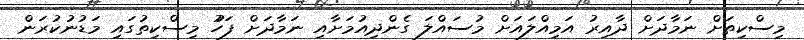
މިސްކިތަށް ނަމާދަށް ދާއިރު އަމިއްލައަށް މުސައްލަ ގެންދިއުމަށާއި ނަމާދަށް ފަހުު މިސްކިތުގައި މަޑުނުކުރަން